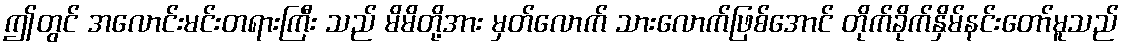
ဤတွင် အလောင်းမင်းတရားကြီး သည် မိမိတို့အား မှတ်လောက် သားလောက်ဖြစ်အောင် တိုက်ခိုက်နှိမ်နင်းတော်မူသည်